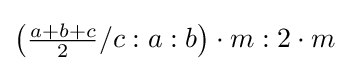
\left({\tfrac {a+b+c}{2}}/c:a:b\right)\cdot m:2\cdot m